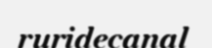
ruridecanal